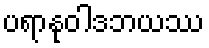
ပရာနုဝါဒဘယဿ